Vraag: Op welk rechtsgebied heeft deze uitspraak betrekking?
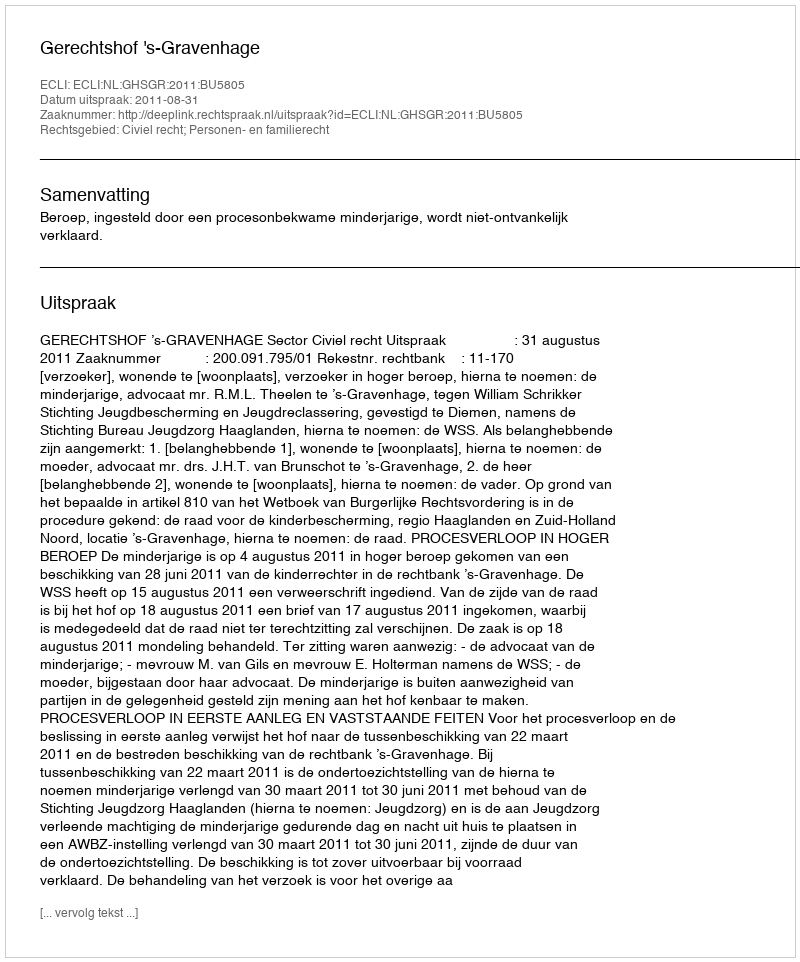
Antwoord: Civiel recht; Personen- en familierecht